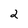
Character: 2